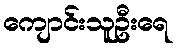
ကျောင်းသူဦးရေ